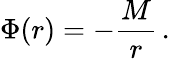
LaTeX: \Phi(r)=-\frac{M}{r}\, .